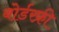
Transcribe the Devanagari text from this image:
बोर्डरफ्री